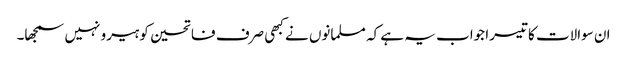
ان سوالات کا تیسرا جواب یہ ہے کہ مسلمانوں نے کبھی صرف فاتحین کو ہیرو نہیں سمجھا۔